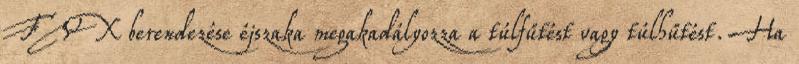
FVX berendezése éjszaka megakadályozza a túlfűtést vagy túlhűtést. Ha